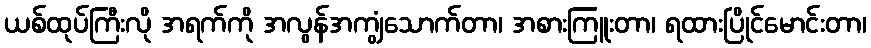
ယစ်ထုပ်ကြီးလို အရက်ကို အလွန်အကျွံသောက်တာ၊ အစားကြူးတာ၊ ရထားပြိုင်မောင်းတာ၊